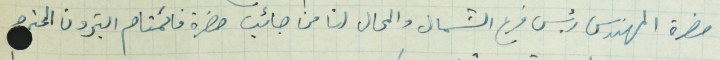
حضرة المهندس رئيس فرع الشمال والمحال لنا من جانب حضرة قائمقام البترون المحترم